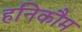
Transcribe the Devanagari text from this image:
हनिकौम